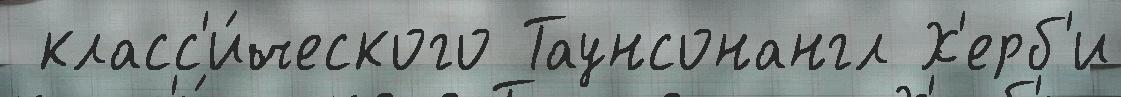
 класс'и́ческого Таунсонангл Х'ерб'и